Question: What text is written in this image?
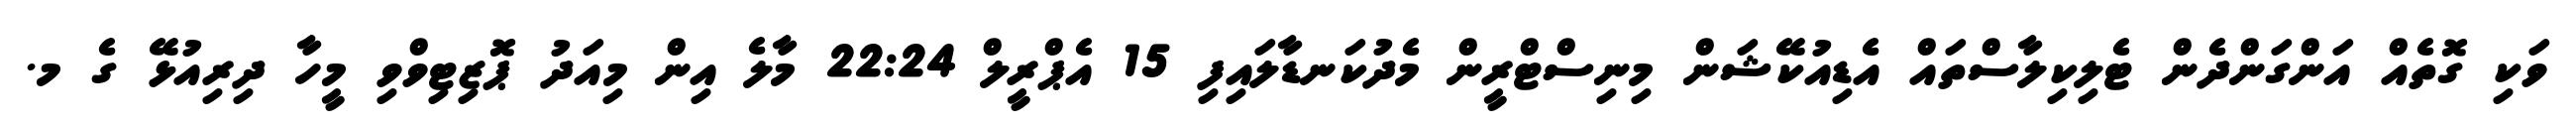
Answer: ވަކި ގޮތެއް އަންގަންދެން ޓެލިކިލާސްތައް އެޑިއުކޭޝަން މިނިސްޓްރީން މެދުކަނޑާލައިފި 15 އެޕްރީލް 22:24 މާލެ އިން މިއަދު ޕޮޒިޓިވްވި މީހާ ދިރިއުޅޭ ގެ މ.